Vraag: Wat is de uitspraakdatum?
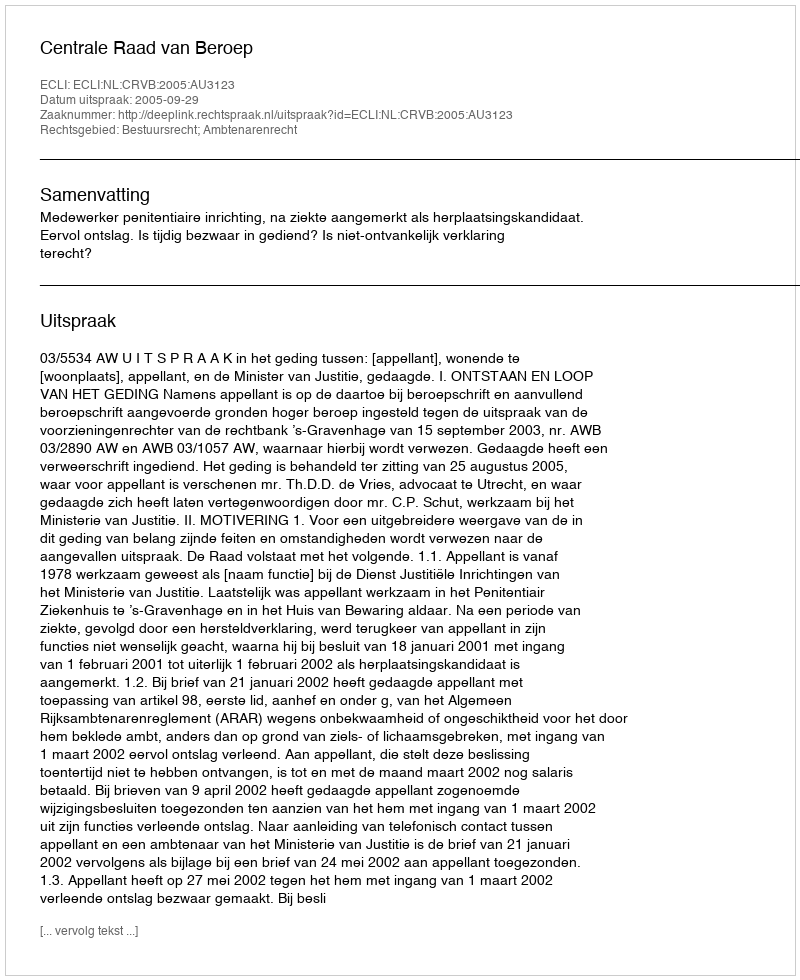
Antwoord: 2005-09-29